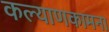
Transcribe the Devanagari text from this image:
कल्याणकामना